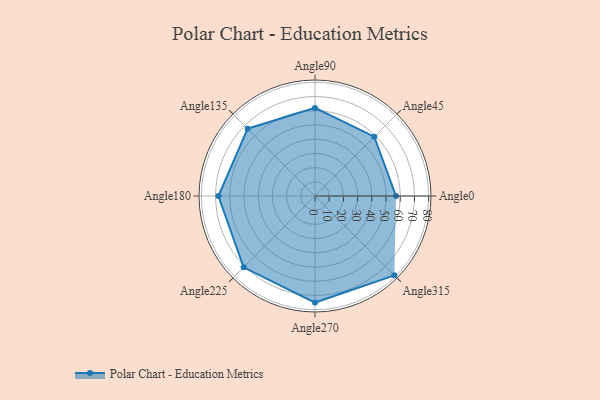
{"axis": {"x": "Angle", "y": "Radius"}, "legend": [""], "data": [{"x": "Angle0", "y": 57.0, "type": ""}, {"x": "Angle45", "y": 59.0, "type": ""}, {"x": "Angle90", "y": 62.0, "type": ""}, {"x": "Angle135", "y": 67.0, "type": ""}, {"x": "Angle180", "y": 68.0, "type": ""}, {"x": "Angle225", "y": 71.0, "type": ""}, {"x": "Angle270", "y": 75.0, "type": ""}, {"x": "Angle315", "y": 79.0, "type": ""}]}